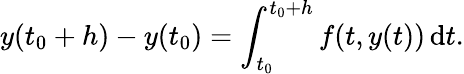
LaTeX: y(t_{0}+h)-y(t_{0})=\int_{t_{0}}^{t_{0}+h}f(t,y(t))\, \mathrm{d}t.